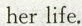
her life.